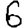
Digit: 6